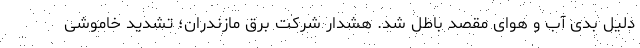
دلیل بدی آب و هوای مقصد باطل شد. هشدار شرکت برق مازندران؛ تشدید خاموشی